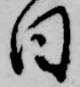
日